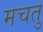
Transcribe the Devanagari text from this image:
मचतु